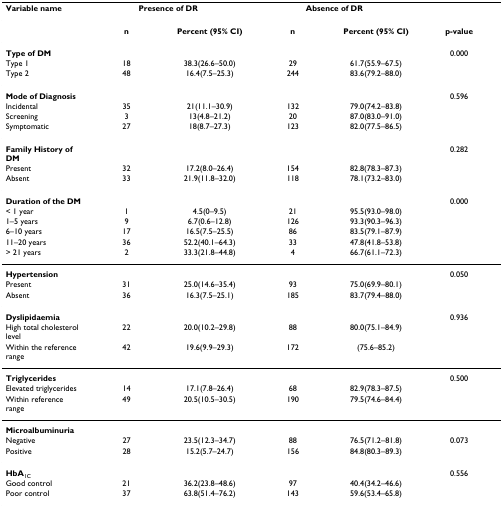
<table><thead><tr><td><b>Variable name</b></td><td colspan="2"><b>Presence of DR</b></td><td colspan="2"><b>Absence of DR</b></td><td></td></tr></thead><tbody><tr><td></td><td><b>n</b></td><td><b>Percent (95% CI)</b></td><td><b>n</b></td><td><b>Percent (95% CI)</b></td><td><b>p-value</b></td></tr><tr><td><b>Type of DM</b></td><td></td><td></td><td></td><td></td><td>0.000</td></tr><tr><td>Type 1</td><td>18</td><td>38.3(26.6–50.0)</td><td>29</td><td>61.7(55.9–67.5)</td><td></td></tr><tr><td>Type 2</td><td>48</td><td>16.4(7.5–25.3)</td><td>244</td><td>83.6(79.2–88.0)</td><td></td></tr><tr><td><b>Mode of Diagnosis</b></td><td></td><td></td><td></td><td></td><td>0.596</td></tr><tr><td>Incidental</td><td>35</td><td>21(11.1–30.9)</td><td>132</td><td>79.0(74.2–83.8)</td><td></td></tr><tr><td>Screening</td><td>3</td><td>13(4.8–21.2)</td><td>20</td><td>87.0(83.0–91.0)</td><td></td></tr><tr><td>Symptomatic</td><td>27</td><td>18(8.7–27.3)</td><td>123</td><td>82.0(77.5–86.5)</td><td></td></tr><tr><td><b>Family History of DM</b></td><td></td><td></td><td></td><td></td><td>0.282</td></tr><tr><td>Present</td><td>32</td><td>17.2(8.0–26.4)</td><td>154</td><td>82.8(78.3–87.3)</td><td></td></tr><tr><td>Absent</td><td>33</td><td>21.9(11.8–32.0)</td><td>118</td><td>78.1(73.2–83.0)</td><td></td></tr><tr><td><b>Duration of the DM</b></td><td></td><td></td><td></td><td></td><td>0.000</td></tr><tr><td>&lt; 1 year</td><td>1</td><td>4.5(0–9.5)</td><td>21</td><td>95.5(93.0–98.0)</td><td></td></tr><tr><td>1–5 years</td><td>9</td><td>6.7(0.6–12.8)</td><td>126</td><td>93.3(90.3–96.3)</td><td></td></tr><tr><td>6–10 years</td><td>17</td><td>16.5(7.5–25.5)</td><td>86</td><td>83.5(79.1–87.9)</td><td></td></tr><tr><td>11–20 years</td><td>36</td><td>52.2(40.1–64.3)</td><td>33</td><td>47.8(41.8–53.8)</td><td></td></tr><tr><td>&gt; 21 years</td><td>2</td><td>33.3(21.8–44.8)</td><td>4</td><td>66.7(61.1–72.3)</td><td></td></tr><tr><td><b>Hypertension</b></td><td></td><td></td><td></td><td></td><td>0.050</td></tr><tr><td>Present</td><td>31</td><td>25.0(14.6–35.4)</td><td>93</td><td>75.0(69.9–80.1)</td><td></td></tr><tr><td>Absent</td><td>36</td><td>16.3(7.5–25.1)</td><td>185</td><td>83.7(79.4–88.0)</td><td></td></tr><tr><td><b>Dyslipidaemia</b></td><td></td><td></td><td></td><td></td><td>0.936</td></tr><tr><td>High total cholesterol level</td><td>22</td><td>20.0(10.2–29.8)</td><td>88</td><td>80.0(75.1–84.9)</td><td></td></tr><tr><td>Within the reference range</td><td>42</td><td>19.6(9.9–29.3)</td><td>172</td><td>(75.6–85.2)</td><td></td></tr><tr><td><b>Triglycerides</b></td><td></td><td></td><td></td><td></td><td>0.500</td></tr><tr><td>Elevated triglycerides</td><td>14</td><td>17.1(7.8–26.4)</td><td>68</td><td>82.9(78.3–87.5)</td><td></td></tr><tr><td>Within reference range</td><td>49</td><td>20.5(10.5–30.5)</td><td>190</td><td>79.5(74.6–84.4)</td><td></td></tr><tr><td><b>Microalbuminuria</b></td><td></td><td></td><td></td><td></td><td></td></tr><tr><td>Negative</td><td>27</td><td>23.5(12.3–34.7)</td><td>88</td><td>76.5(71.2–81.8)</td><td>0.073</td></tr><tr><td>Positive</td><td>28</td><td>15.2(5.7–24.7)</td><td>156</td><td>84.8(80.3–89.3)</td><td></td></tr><tr><td><b>HbA</b><sub>1C</sub></td><td></td><td></td><td></td><td></td><td>0.556</td></tr><tr><td>Good control</td><td>21</td><td>36.2(23.8–48.6)</td><td>97</td><td>40.4(34.2–46.6)</td><td></td></tr><tr><td>Poor control</td><td>37</td><td>63.8(51.4–76.2)</td><td>143</td><td>59.6(53.4–65.8)</td><td></td></tr></tbody></table>